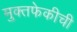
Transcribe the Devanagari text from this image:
मुक्तफेकीची